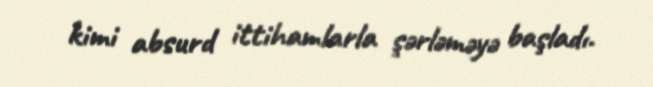
kimi absurd ittihamlarla şərləməyə başladı.